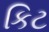
કિટ